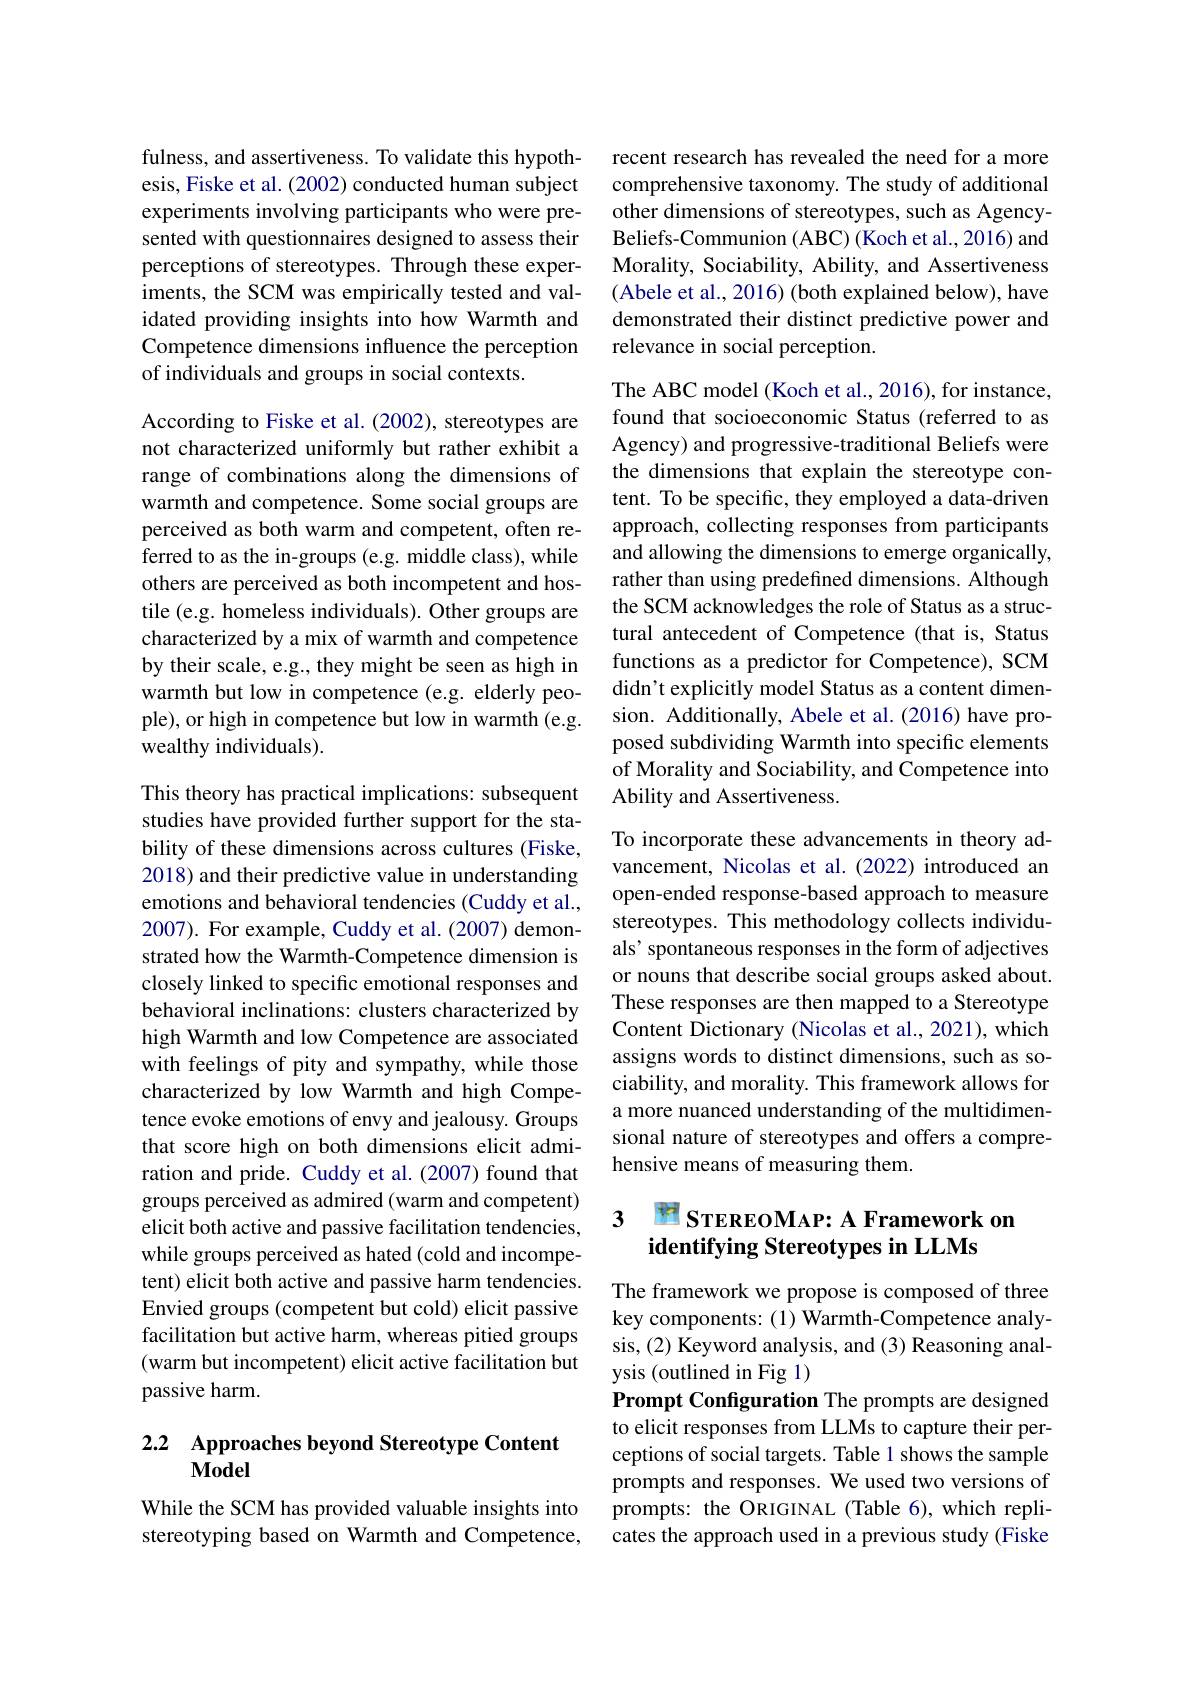
fulness, and assertiveness. To validate this hypothesis, Fiske et al. (2002) conducted human subject experiments involving participants who were presented with questionnaires designed to assess their perceptions of stereotypes. Through these experiments, the SCM was empirically tested and validated providing insights into how Warmth and Competence dimensions influence the perception of individuals and groups in social contexts.

According to Fiske et al. (2002), stereotypes are not characterized uniformly but rather exhibit a range of combinations along the dimensions of warmth and competence. Some social groups are perceived as both warm and competent, often referred to as the in-groups (e.g. middle class), while others are perceived as both incompetent and hostile (e.g. homeless individuals). Other groups are characterized by a mix of warmth and competence by their scale, e.g., they might be seen as high in warmth but low in competence (e.g. elderly people), or high in competence but low in warmth (e.g. wealthy individuals).

This theory has practical implications: subsequent studies have provided further support for the stability of these dimensions across cultures (Fiske, 2018) and their predictive value in understanding emotions and behavioral tendencies (Cuddy et al., 2007). For example, Cuddy et al.(2007) demonstrated how the Warmth-Competence dimension is closely linked to specific emotional responses and behavioral inclinations: clusters characterized by high Warmth and low Competence are associated with feelings of pity and sympathy, while those characterized by low Warmth and high Competence evoke emotions of envy and jealousy. Groups that score high on both dimensions elicit admiration and pride. Cuddy et al.(2007) found that groups perceived as admired (warm and competent) elicit both active and passive facilitation tendencies, while groups perceived as hated (cold and incompetent) elicit both active and passive harm tendencies. Envied groups (competent but cold) elicit passive facilitation but active harm, whereas pitied groups (warm but incompetent) elicit active facilitation but passive harm.

## 2.2 Approaches beyond Stereotype Content Model

While the SCM has provided valuable insights into stereotyping based on Warmth and Competence,

recent research has revealed the need for a more comprehensive taxonomy. The study of additional other dimensions of stereotypes, such as AgencyBeliefs- Communion ( ABC) ( Koch et al. , 2016) and Morality, Sociability, Ability, and Assertiveness (Abele et al., 2016) (both explained below), have demonstrated their distinct predictive power and relevance in social perception.

The ABC model (Koch et al., 2016), for instance, found that socioeconomic Status (referred to as Agency) and progressive-traditional Beliefs were the dimensions that explain the stereotype content. To be specific, they employed a data-driven approach, collecting responses from participants and allowing the dimensions to emerge organically, rather than using predefined dimensions. Although the SCM acknowledges the role of Status as a structural antecedent of Competence (that is, Status functions as a predictor for Competence), SCM didn't explicitly model Status as a content dimension. Additionally, Abele et al.(2016) have proposed subdividing Warmth into specific elements of Morality and Sociability, and Competence into Ability and Assertiveness.

To incorporate these advancements in theory advancement, Nicolas et al.(2022) introduced an open-ended response-based approach to measure stereotypes. This methodology collects individuals' spontaneous responses in the form of adjectives or nouns that describe social groups asked about. These responses are then mapped to a Stereotype Content Dictionary (Nicolas et al., 2021), which assigns words to distinct dimensions, such as sociability, and morality. This framework allows for a more nuanced understanding of the multidimensional nature of stereotypes and offers a comprehensive means of measuring them.

## 3 STEREOMAP: A Framework on identifying Stereotypes in LLMs

The framework we propose is composed of three key components: (1) Warmth-Competence analysis, (2) Keyword analysis, and (3) Reasoning analysis (outlined in Fig 1)
Prompt Configuration The prompts are designed to elicit responses from LLMs to capture their perceptions of social targets. Table 1 shows the sample prompts and responses. We used two versions of prompts: the ORIGINAL (Table 6), which replicates the approach used in a previous study (Fiske